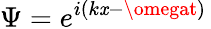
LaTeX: \Psi=e^{i(k\mathit{x}-\omegat)}\,